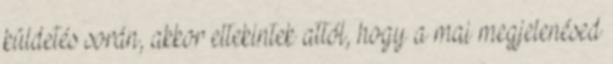
küldetés során, akkor eltekintek attól, hogy a mai megjelenésed